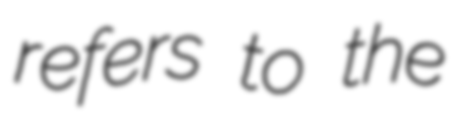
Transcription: refers to the